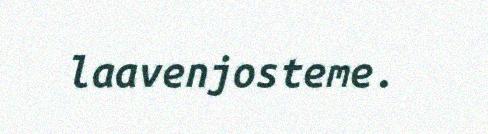
laavenjosteme.